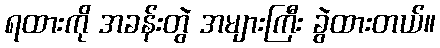
ရထားကို အခန်းတွဲ အများကြီး ခွဲထားတယ်။